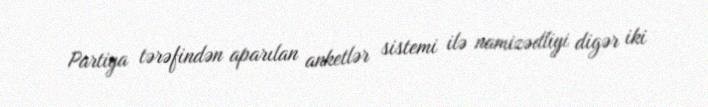
Partiya tərəfindən aparılan anketlər sistemi ilə namizədliyi digər iki